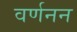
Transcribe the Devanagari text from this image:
वर्णनन